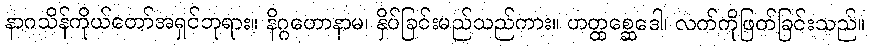
နာဂသိန်ကိုယ်တော်အရှင်ဘုရား။ နိဂ္ဂဟောနာမ၊ နှိပ်ခြင်းမည်သည်ကား။ ဟတ္ထစ္ဆေဒေါ၊ လက်ကိုဖြတ်ခြင်းသည်။